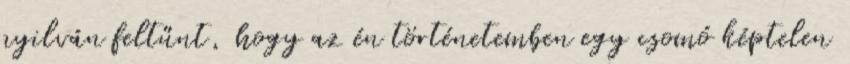
nyil­ván feltűnt, hogy az én történetemben egy csomó képtelen